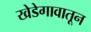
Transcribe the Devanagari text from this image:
खेडेगावातून